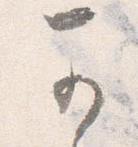
か